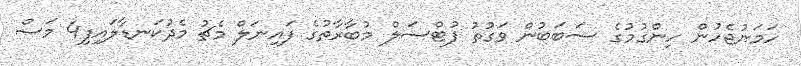
ހަމަނުޖެހުން ހިންގުމުގެ ސަބަބުން ވަގުތު ފުޓްސަލް މުބާރާތުގެ ފައިނަލް މެޗު މެދުކަނޑާލައިފި4 މަސް